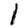
Digit: 1